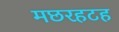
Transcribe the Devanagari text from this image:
मछरहटह